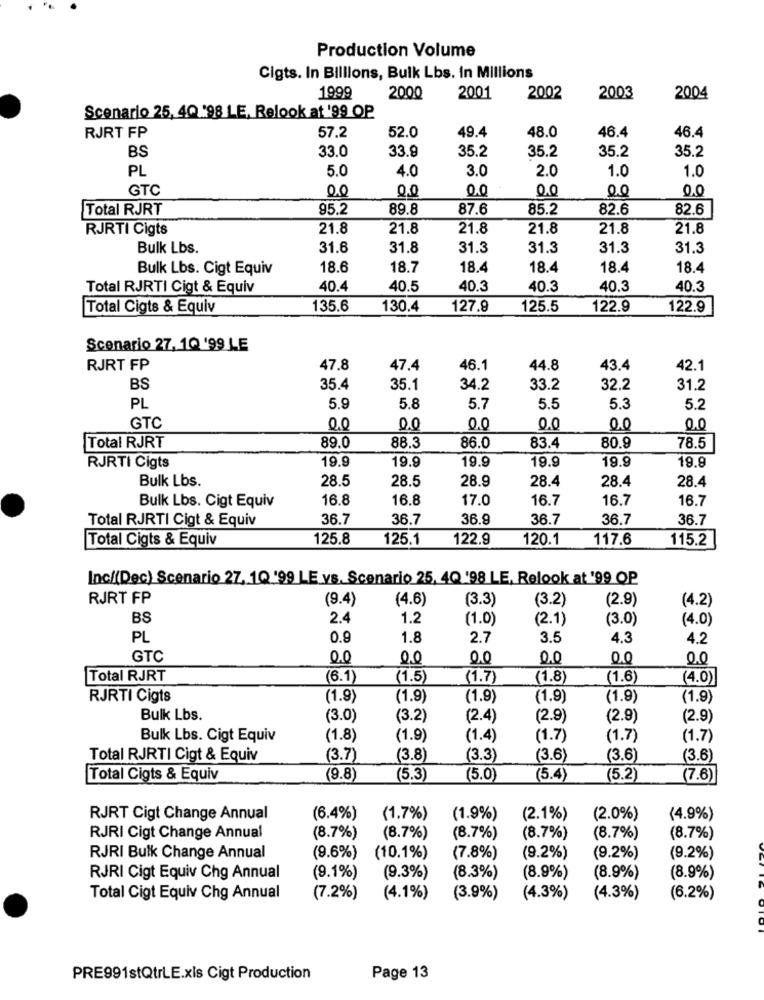
Production Volume
Cigts. In Billions, Bulk Lbs. In Millions
2003
1999
2000
2001
2002
2004
Scenario 25, 4Q '98 LE, Relook at '99 OP
52.0
46.4
46.4
RJRT FP
57.2
49.4
48.0
33.0
33.9
BS
35.2
35.2
35.2
35.2
PL
5.0
3.0
1.0
4.0
2.0
1.0
GTC
0.0
0.0
0.0
0.0
Total RJRT
95.2
89.8
87.6
85.2
82.6
82.6
RJRTI Cigts
21.8
21.8
21.8
21.8
21.8
21.8
Bulk Lbs.
31.6
31.8
31.3
31.3
31.3
31.3
Bulk Lbs. Cigt Equiv
18.6
18.7
18.4
18.4
18.4
18.4
Total RJRTI Cigt & Equiv
40.4
40.5
40.3
40.3
40.3
40.3
Total Cigts & Equiv
135.6
130.4
127.9
125.5
122.9
122.9
Scenario 27, 1Q '99 LE
RJRT FP
47.8
47.4
46.1
44.8
43.4
42.1
BS
35.4
35.1
34.2
33.2
32.2
31.2
5.9
PL
5.8
5.7
5.5
5.3
5.2
GTC
0.0
0.0
0.0
0.0
0.0
89.0
Total RJRT
88.3
86.0
83.4
80.9
78.5
19.9
19.9
19.9
19.9
19.9
19.9
RJRTI Cigts
Bulk Lbs.
28.5
28.5
28.9
28.4
28.4
28.4
Bulk Lbs. Cigt Equiv
16.8
16.8
17.0
16.7
16.7
16.7
Total RJRTI Cigt & Equiv
36.7
36.7
36.9
36.7
36.7
36.7
Total Cigts & Equiv
125.8
125.1
122.9
120.1
117.6
115.2
Inc/(Dec) Scenario 27, 1Q '99 LE ys. Scenario 25, 4Q '98 LE, Relook at '99 OP
RJRT FP
(9.4)
(4.6)
(3.3)
(3.2)
(2.9)
(4.2)
BS
2.4
1.2
(1.0)
(2.1)
(3.0)
(4.0)
PL
0.9
1.8
2.7
3.5
4.3
4.2
GTC
0.0
00
0.0
0.0
0.0
0.0
Total RJRT
(6.1)
(1.5)
(1.7)
(1.8)
(1.6)
(4.0)
RJRTI Cigts
(1.9)
(1.9)
(1.9)
(1.9)
(1.9)
(1.9)
Bulk Lbs.
(3.0)
(3.2)
(2.4)
(2.9)
(2.9)
(2.9)
Bulk Lbs. Cigt Equiv
(1.8)
(1.9)
(1.4)
(1.7)
(1.7)
(1.7)
Total RJRTI Cigt & Equiv
(3.7)
(3.8)
(3.3)
(3.6)
(3.6)
(3.6)
Total Cigts & Equiv
(9.8)
(5.3)
(5.0)
(5.4)
(5.2)
(7.6)]
RJRT Cigt Change Annual
(6.4%)
(1.7%)
(1.9%)
(2.1%)
(2.0%)
(4.9%)
RJRI Cigt Change Annual
(8.7%)
(8.7%)
(8.7%)
(8.7%)
(8.7%)
(8.7%)
RJRI Bulk Change Annual
(9.6%)
(10.1%)
(7.8%)
(9.2%)
(9.2%)
(9.2%)
RJRI Cigt Equiv Chg Annual
(9.1%)
(9.3%)
(8.3%)
(8.9%)
(8.9%)
(8.9%)
Total Cigt Equiv Chg Annual
(7.2%)
(4.1%)
(3.9%)
(4.3%)
(4.3%)
(6.2%)
PRE991stQtrLE.xls Cigt Production
Page 13